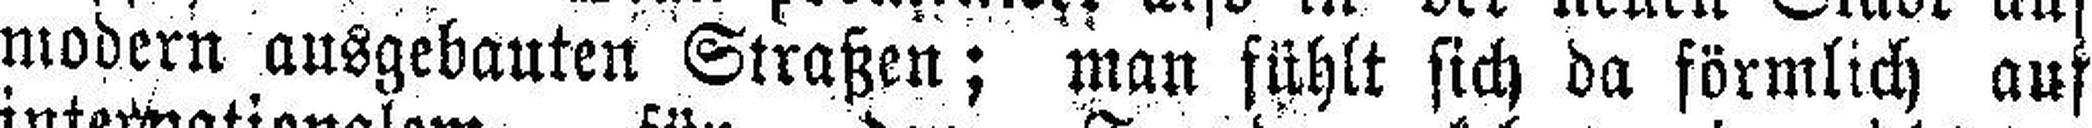
modern ausgebauten Straßen; man fühlt sich da förmlich auf